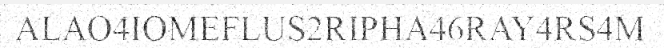
ALAO4IOMEFLUS2RIPHA46RAY4RS4M